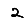
Digit: 2